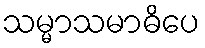
သမ္မာသမာဓိပေ